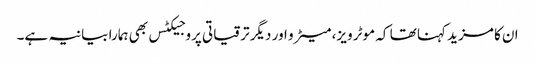
ان کا مزید کہنا تھا کہ موٹر ویز، میٹرو اور دیگر ترقیاتی پروجیکٹس بھی ہمارا بیانیہ ہے۔